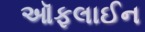
ઑફલાઈન